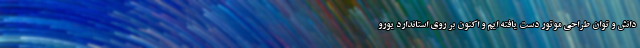
دانش و توان طراحی موتور دست یافته ایم و اکنون بر روی استاندارد یورو